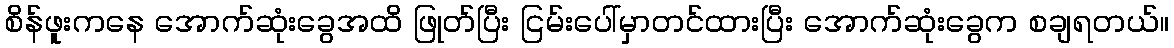
စိန်ဖူးကနေ အောက်ဆုံးခွေအထိ ဖြုတ်ပြီး ငြမ်းပေါ်မှာတင်ထားပြီး အောက်ဆုံးခွေက စချရတယ်။